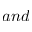
a n d